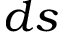
d s